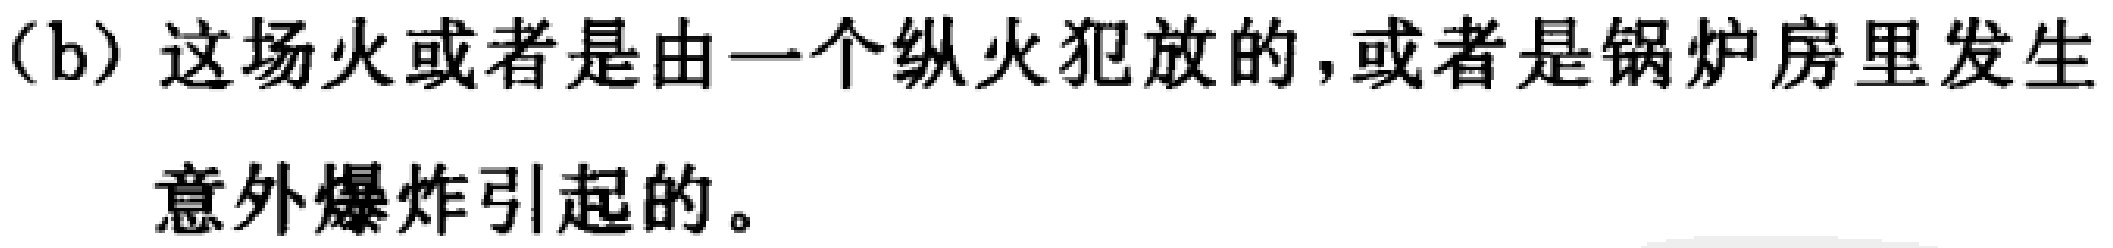
（b）这场火或者是由一个纵火犯放的，或者是锅炉房里发生意外爆炸引起的。